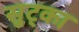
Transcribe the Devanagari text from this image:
सुट्का